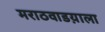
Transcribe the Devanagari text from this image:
मराठवाडय़ाला